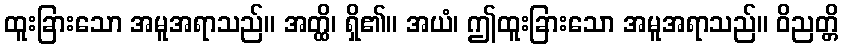
ထူးခြားသော အမူအရာသည်။ အတ္ထိ၊ ရှိ၏။ အယံ၊ ဤထူးခြားသော အမူအရာသည်။ ဝိညတ္တိ